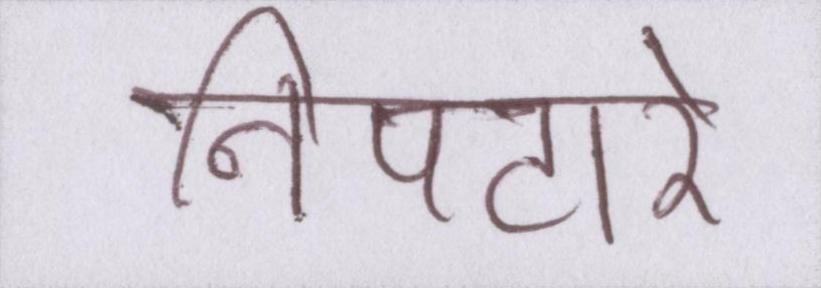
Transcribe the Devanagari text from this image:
निपटारे